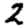
Digit: 2